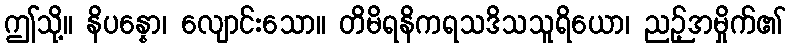
ဤသို့။ နိပန္နော၊ လျောင်းသော။ တိမိရနိကရသဒိသသူရိယော၊ ညဉ့်အမှိုက်၏